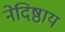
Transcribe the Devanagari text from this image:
नेदिष्ठाय